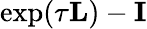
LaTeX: \exp(\tau\mathbf{L})-\mathbf{I}